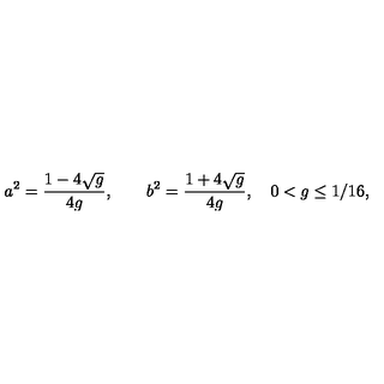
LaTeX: a ^ { 2 } = \frac { 1 - 4 \sqrt g } { 4 g } , \qquad b ^ { 2 } = \frac { 1 + 4 \sqrt g } { 4 g } , \quad 0 < g \leq 1 / 1 6 ,